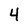
Character: 4